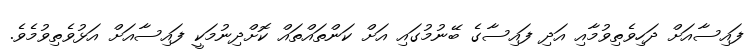
ފައިސާއަށް ދަހިވެތިވުމާއި އަދި ފައިސާގެ ބޭނުމުގައި އަށް ކަންތައްތައް ކޮށްދިނުމަކީ ފައިސާއަށް އަޅުވެތިވުމެވެ.